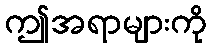
ဤအရာများကို